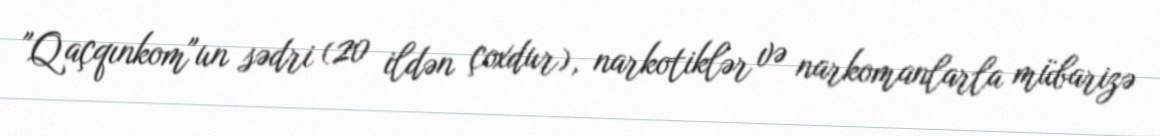
"Qaçqınkom"un sədri (20 ildən çoxdur), narkotiklər və narkomanlarla mübarizə